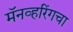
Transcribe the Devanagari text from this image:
मॅनव्हरिंगचा